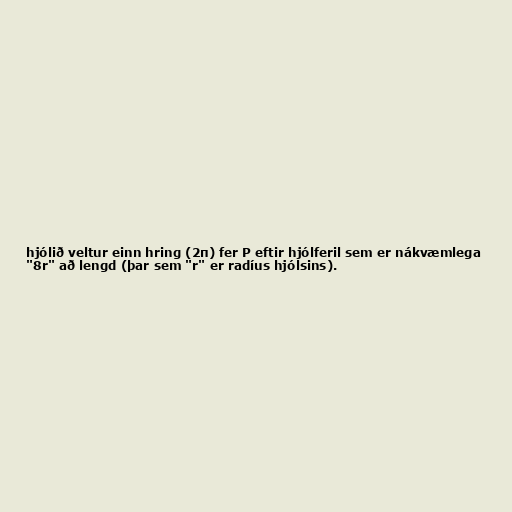
hjólið veltur einn hring (2π) fer P eftir hjólferil sem er nákvæmlega
"8r" að lengd (þar sem "r" er radíus hjólsins).